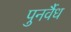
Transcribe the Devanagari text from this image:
पुनर्वैध